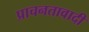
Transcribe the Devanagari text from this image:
प्राचनतावादी